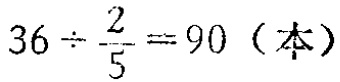
\(36\div\frac{2}{5}=90 \text{（本）}\)